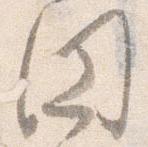
円